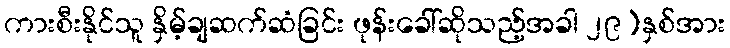
ကားစီးနိုင်သူ နှိမ့်ချဆက်ဆံခြင်း ဖုန်းခေါ်ဆိုသည့်အခါ ၂၉)နှစ်အား